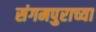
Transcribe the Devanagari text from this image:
संगमपुराच्या